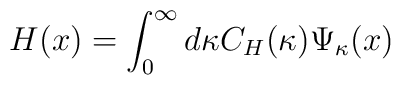
H(x)= \int_{0}^{\infty} d \kappa C_{H} (\kappa) \Psi_{\kappa}(x)